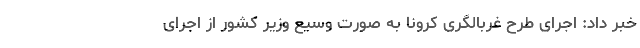
خبر داد: اجرای طرح غربالگری کرونا به صورت وسیع وزیر کشور از اجرای